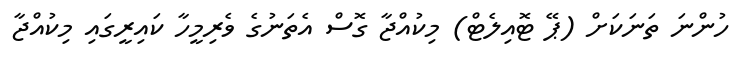
ހުންނަ ތަނަކަށް (ޕޭ ޓޮއިލެޓް) މިކުއްޖާ ގޮސް އެތަނުގެ ވެރިމީހާ ކައިރީގައި މިކުއްޖާ